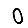
Digit: 0